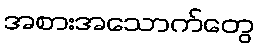
အစားအသောက်တွေ